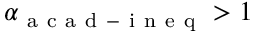
\alpha _ { \mathrm { ~ a ~ c ~ a ~ d ~ - ~ i ~ n ~ e ~ q ~ } } > 1